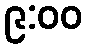
၉:၀၀